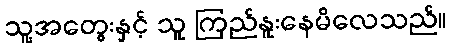
သူ့အတွေးနှင့် သူ ကြည်နူးနေမိလေသည်။